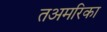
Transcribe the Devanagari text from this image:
तअमरिका